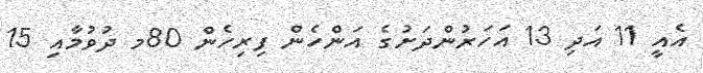
އެއީ 11 އަދި 13 އަހަރުންދަށުގެ އަންހެން ފިރިހެން 80މ ދުވުމާއި 15